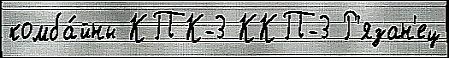
комба́йны КПК-3 ККП-3 Р'язан'ец